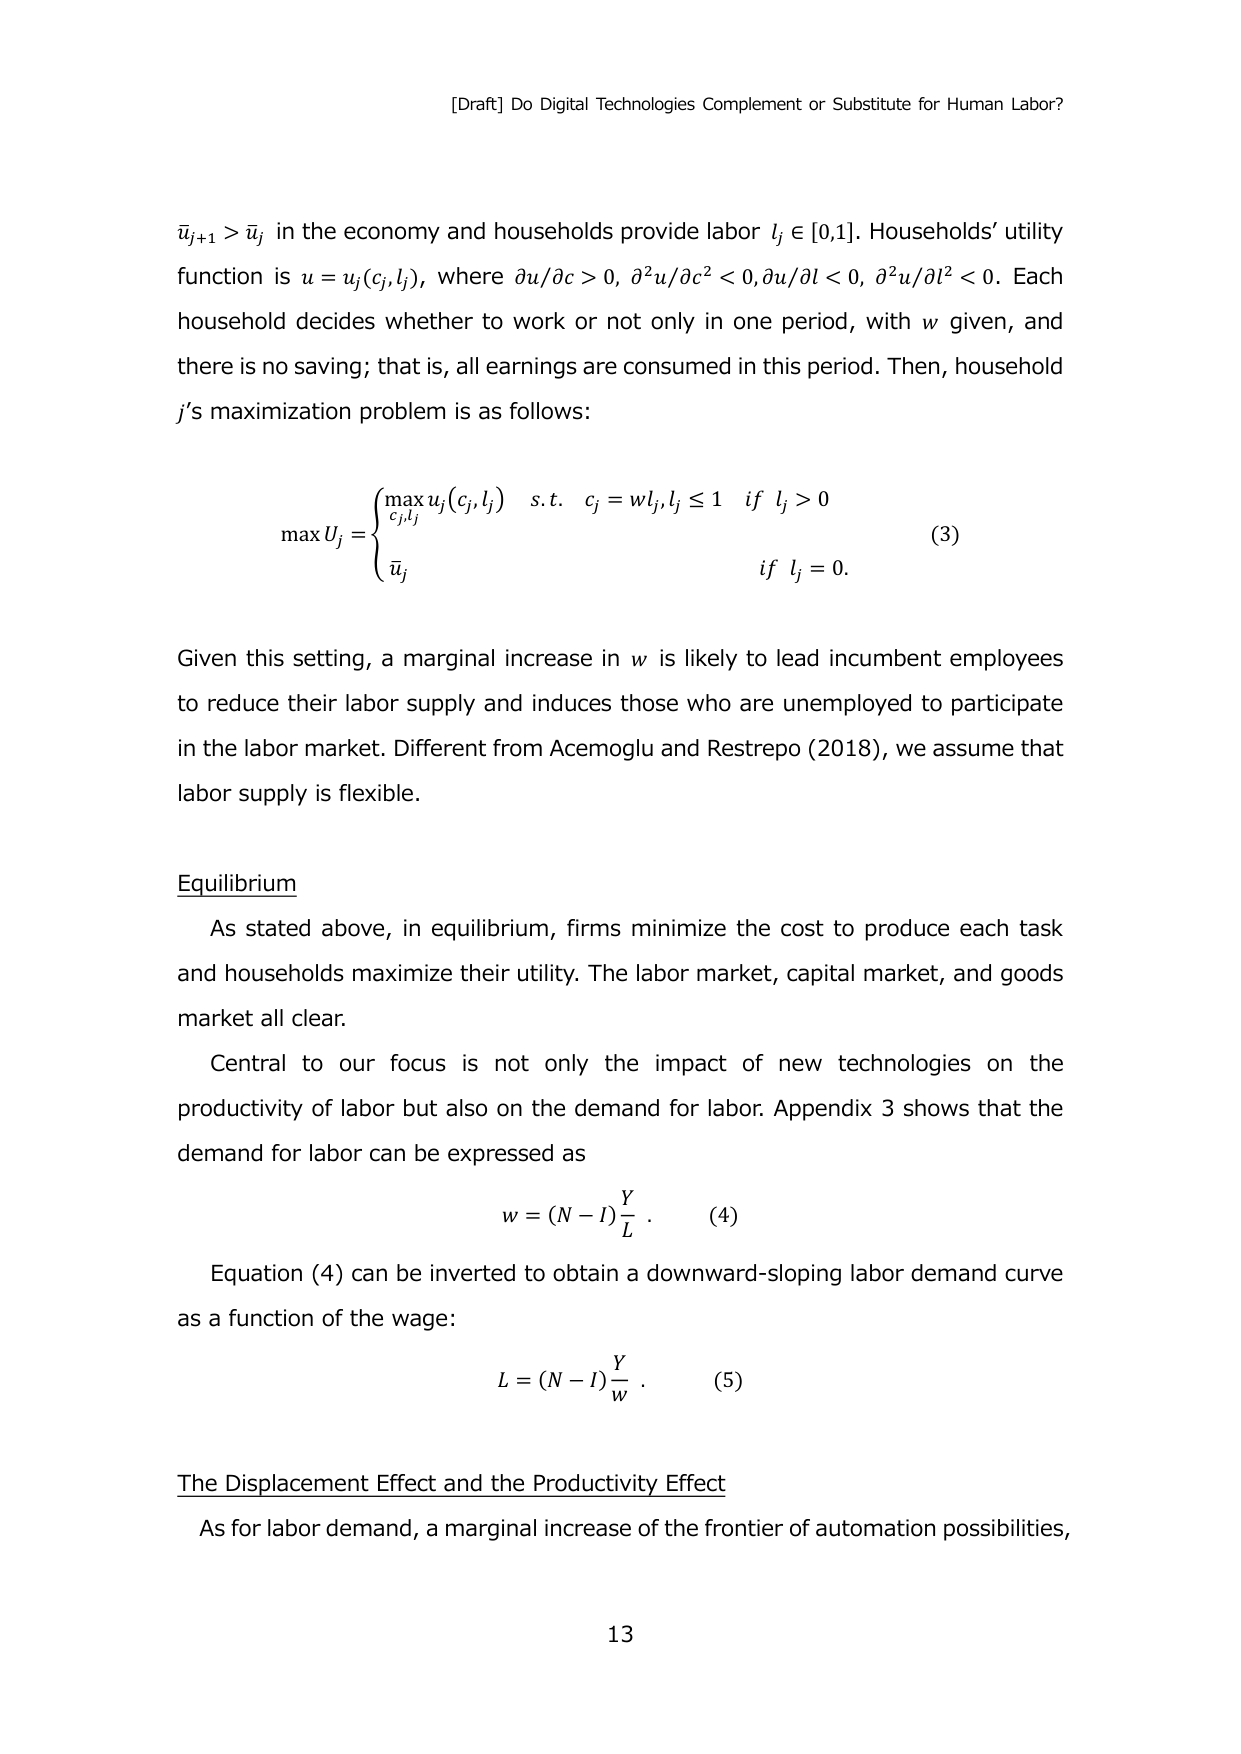
[Draft] Do Digital Technologies Complement or Substitute for Human Labor?

ūj+1 > ūj in the economy and households provide labor lj ∈ [0,1]. Households’ utility function is u = uj(cj,lj), where ∂u/∂c > 0, ∂²u/∂c² < 0, ∂u/∂l < 0, ∂²u/∂l² < 0. Each household decides whether to work or not only in one period, with w given, and there is no saving; that is, all earnings are consumed in this period. Then, household j’s maximization problem is as follows:

max Uj =
{
max cj,lj uj(cj,lj)   s.t.   cj = w lj, lj ≤ 1   if   lj > 0
ūj                      if   lj = 0.
}   (3)

Given this setting, a marginal increase in w is likely to lead incumbent employees to reduce their labor supply and induces those who are unemployed to participate in the labor market. Different from Acemoglu and Restrepo (2018), we assume that labor supply is flexible.

Equilibrium

As stated above, in equilibrium, firms minimize the cost to produce each task and households maximize their utility. The labor market, capital market, and goods market all clear.

Central to our focus is not only the impact of new technologies on the productivity of labor but also on the demand for labor. Appendix 3 shows that the demand for labor can be expressed as

w = (N - I) Y/L.   (4)

Equation (4) can be inverted to obtain a downward-sloping labor demand curve as a function of the wage:

L = (N - I) Y/w.   (5)

The Displacement Effect and the Productivity Effect

As for labor demand, a marginal increase of the frontier of automation possibilities,

13